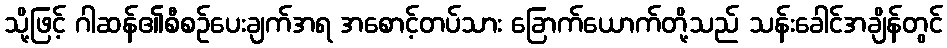
သို့ဖြင့် ဂါဆန်၏စီစဉ်ပေးချက်အရ အစောင့်တပ်သား ခြောက်ယောက်တို့သည် သန်းခေါင်အချိန်တွင်